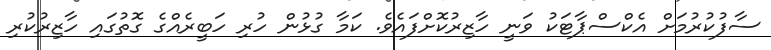
ސާފުކުރުމަށް އެކްސްޕާޓަކު ވަނީ ހާޒިރުކޮށްފައެވެ. ކަމާ ގުޅުން ހުރި ހަބީރެއްގެ ގޮތުގައި ހާޒިރުކުރި